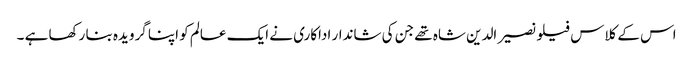
اس کے کلاس فیلو نصیر الدین شاہ تھے جن کی شاندار اداکاری نے ایک عالم کو اپنا گرویدہ بنا رکھا ہے ۔